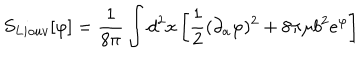
S _ { L i o u v } [ \varphi ] = { \frac { 1 } { 8 \pi } } \int d ^ { 2 } x \left[ { \frac { 1 } { 2 } } ( \partial _ { a } \varphi ) ^ { 2 } + 8 \pi \mu b ^ { 2 } e ^ { \varphi } \right]